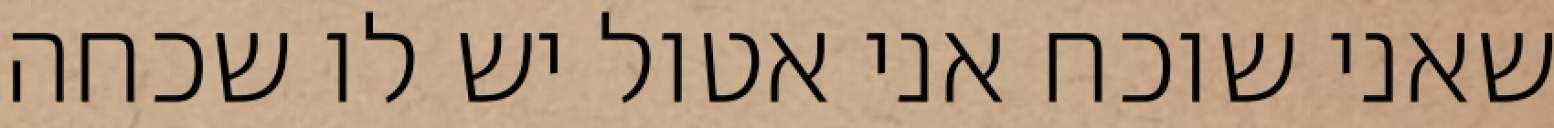
שאני שוכח אני אטול יש לו שכחה